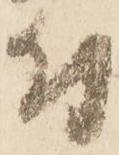
付